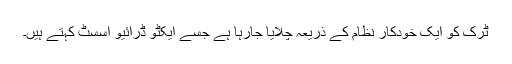
ٹرک کو ایک خودکار نظام کے ذریعہ چلایا جارہا ہے جسے ایکٹو ڈرائیو اسسٹ کہتے ہیں۔